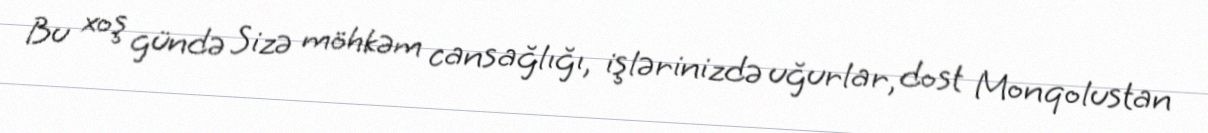
Bu xoş gündə Sizə möhkəm cansağlığı, işlərinizdə uğurlar, dost Monqolustan